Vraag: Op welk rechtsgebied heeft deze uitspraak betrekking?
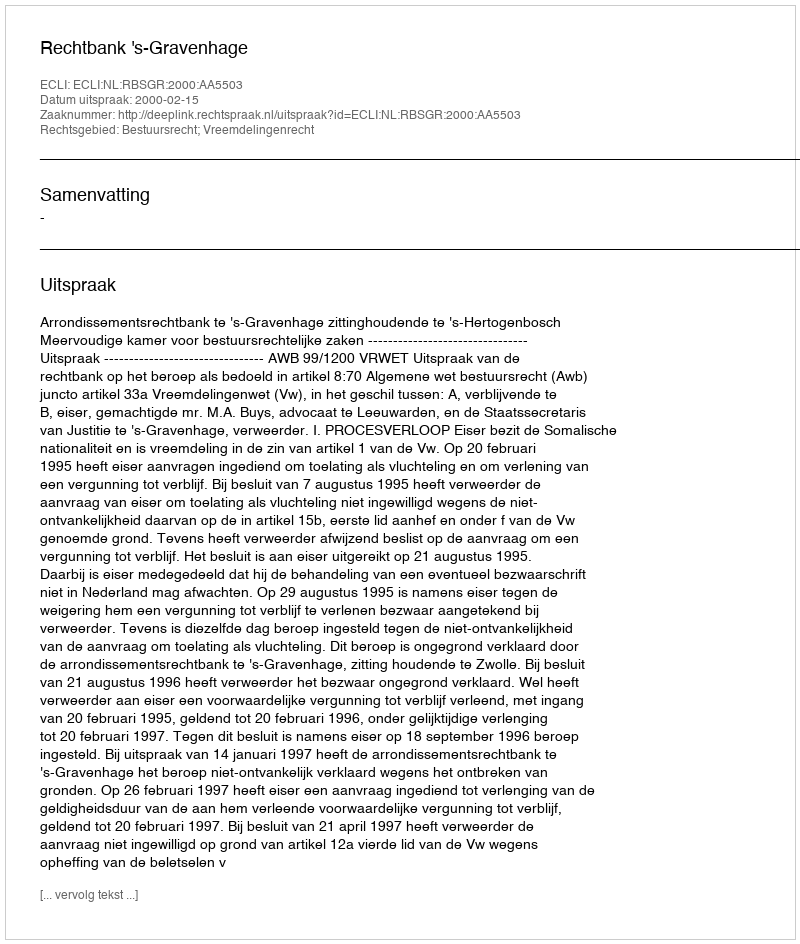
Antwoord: Bestuursrecht; Vreemdelingenrecht